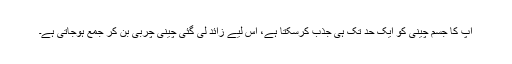
آپ کا جسم چینی کو ایک حد تک ہی جذب کرسکتا ہے، اس لیے زائد لی گئی چینی چربی بن کر جمع ہوجاتی ہے۔